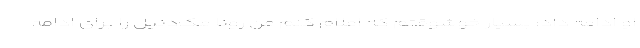
او ادامه داد: بسیار خوشوقتم که اعلام کنم من رونا مک‌دنیل را برای ادامه